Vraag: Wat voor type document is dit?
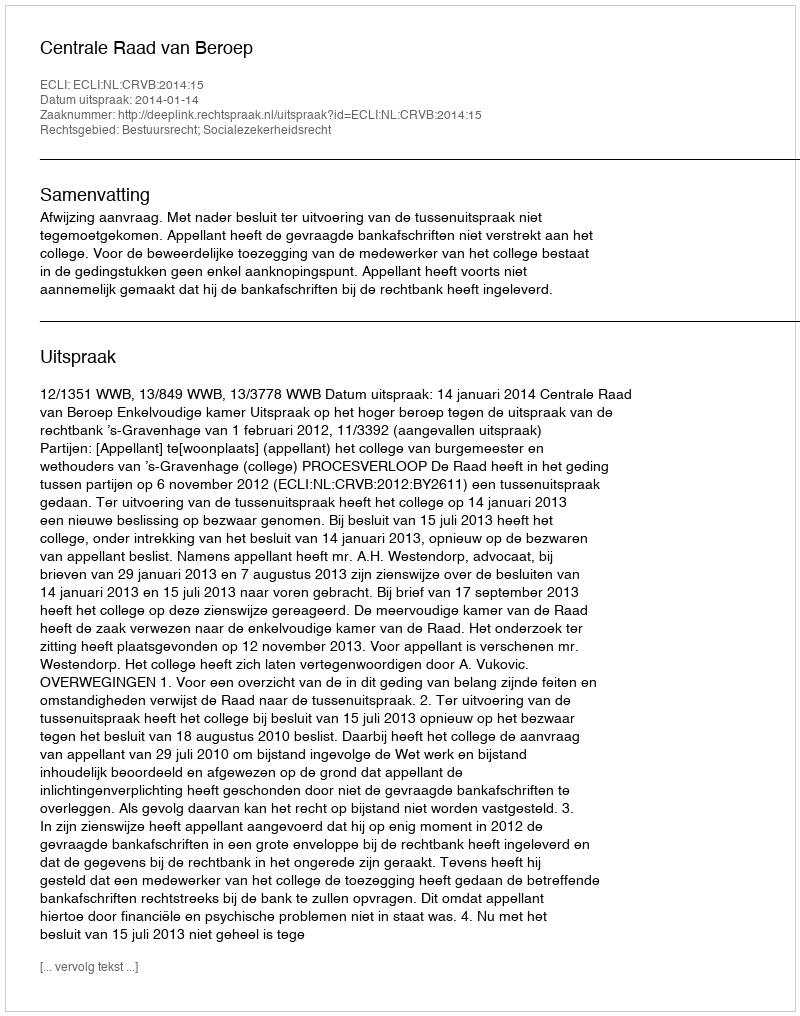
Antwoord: Uitspraak